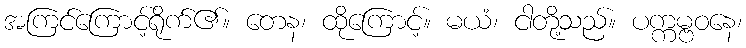
အကြင်ကြောင့်ရိုက်၏။ တေန၊ ထိုကြောင့်။ မယံ၊ ငါတို့သည်။ ပက္ကမ္ဗဝနေ၊